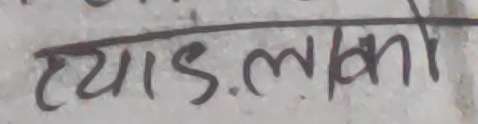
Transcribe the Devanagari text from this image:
ट्याड.लाको